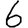
Digit: 6